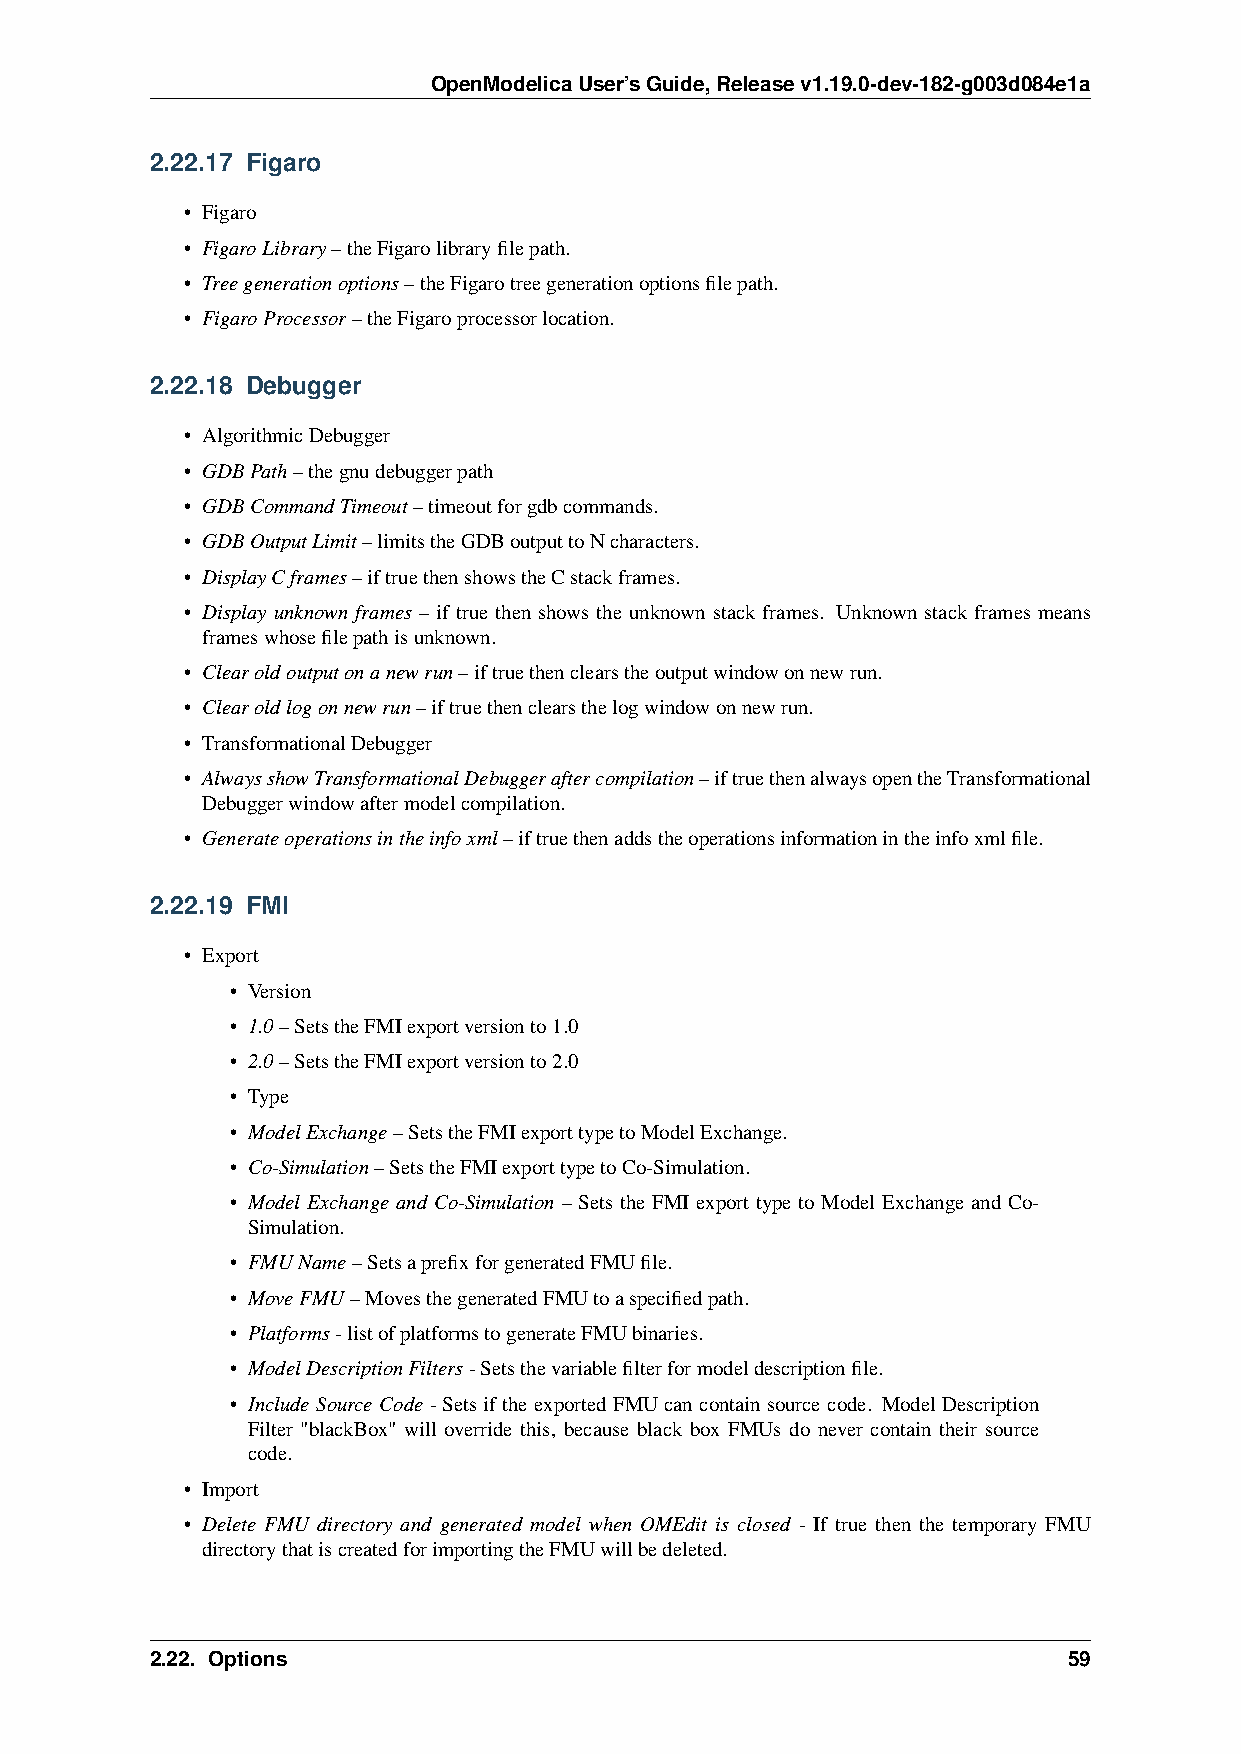
OpenModelicaUser’sGuide,Releasev1.19.0-dev-182-g003d084e1a
 2.22.17 Figaro
 • Figaro
 • FigaroLibrary–theFigarolibraryfilepath.
 • Treegenerationoptions–theFigarotreegenerationoptionsfilepath.
 • FigaroProcessor–theFigaroprocessorlocation.
 2.22.18 Debugger
 • AlgorithmicDebugger
 • GDBPath–thegnudebuggerpath
 • GDBCommandTimeout–timeoutforgdbcommands.
 • GDBOutputLimit–limitstheGDBoutputtoNcharacters.
 • DisplayCframes–iftruethenshowstheCstackframes.
 • Display unknown frames – if true then shows the unknown stack frames. Unknown stack frames means
 frameswhosefilepathisunknown.
 • Clearoldoutputonanewrun–iftruethenclearstheoutputwindowonnewrun.
 • Clearoldlogonnewrun–iftruethenclearsthelogwindowonnewrun.
 • TransformationalDebugger
 • AlwaysshowTransformationalDebuggeraftercompilation–iftruethenalwaysopentheTransformational
 Debuggerwindowaftermodelcompilation.
 • Generateoperationsintheinfoxml–iftruethenaddstheoperationsinformationintheinfoxmlfile.
 2.22.19 FMI
 • Export
 • Version
 • 1.0–SetstheFMIexportversionto1.0
 • 2.0–SetstheFMIexportversionto2.0
 • Type
 • ModelExchange–SetstheFMIexporttypetoModelExchange.
 • Co-Simulation–SetstheFMIexporttypetoCo-Simulation.
 • Model Exchange and Co-Simulation – Sets the FMI export type to Model Exchange and Co-
 Simulation.
 • FMUName–SetsaprefixforgeneratedFMUfile.
 • MoveFMU–MovesthegeneratedFMUtoaspecifiedpath.
 • Platforms-listofplatformstogenerateFMUbinaries.
 • ModelDescriptionFilters-Setsthevariablefilterformodeldescriptionfile.
 • Include Source Code - Sets if the exported FMU can contain source code. Model Description
 Filter "blackBox" will override this, because black box FMUs do never contain their source
 code.
 • Import
 • Delete FMU directory and generated model when OMEdit is closed - If true then the temporary FMU
 directorythatiscreatedforimportingtheFMUwillbedeleted.
 2.22. Options                                                59